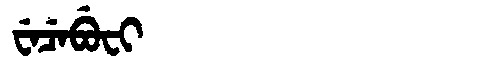
Manchu: ᠸᡝᠴᡝᠪᡠᠸᡳ
Romanization: WECEBUFI